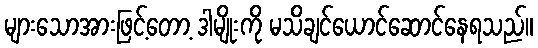
များသောအားဖြင့်တော့ ဒါမျိုးကို မသိချင်ယောင်ဆောင်နေရသည်။